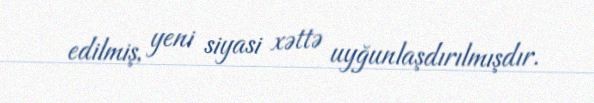
edilmiş, yeni siyasi xəttə uyğunlaşdırılmışdır.